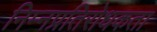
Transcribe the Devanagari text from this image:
निम्नप्रतिरोधकता